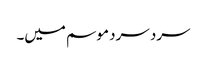
سرد سرد موسم میں۔